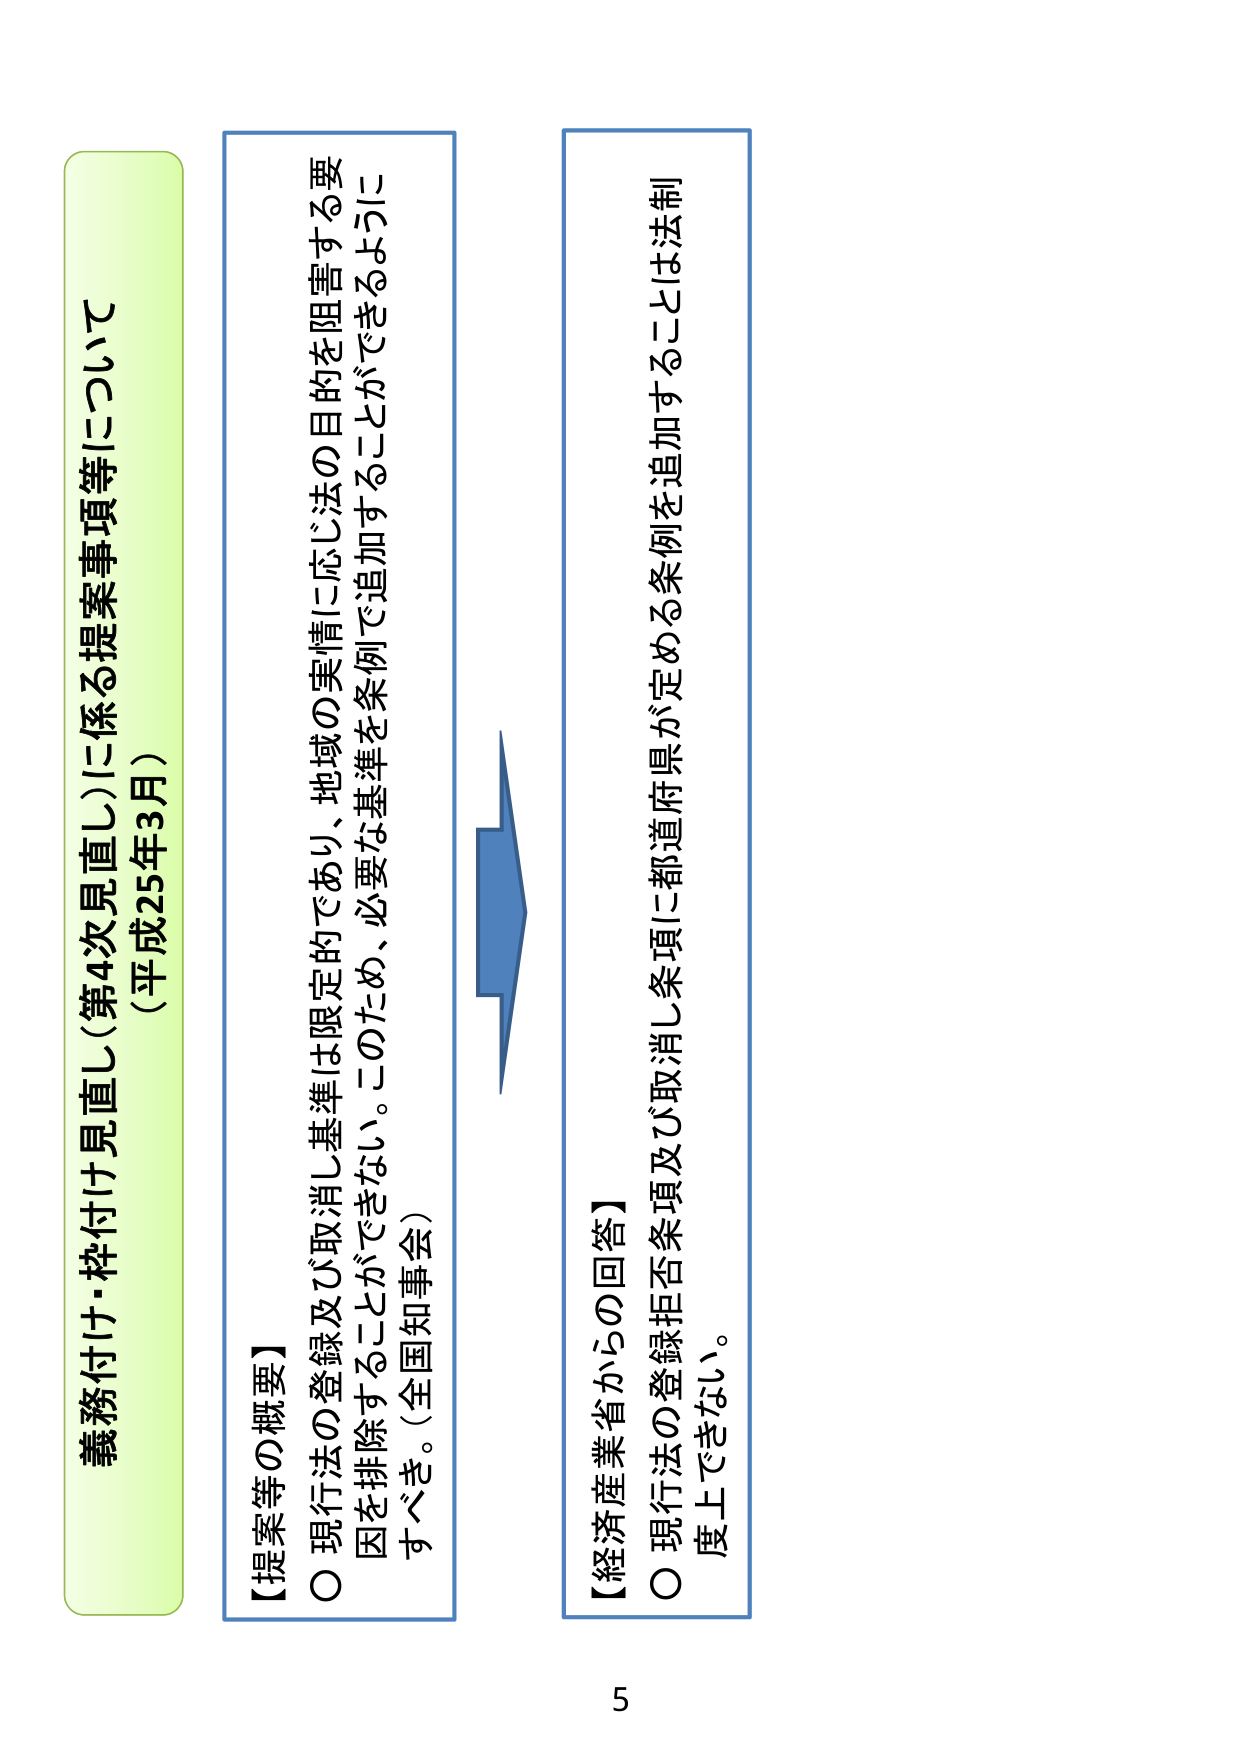
義務付け・枠付け見直し（第4次見直し）に係る提案事項等について
（平成25年3月）

【提案等の概要】
〇 現行法の登録及び取消し基準は限定的であり、地域の実情に応じ法の目的を阻害する要因を排除することができない。このため、必要な基準を条例で追加することができるようにすべき。（全国知事会）

【経済産業省からの回答】
〇 現行法の登録拒否条項及び取消し条項に都道府県が定める条例を追加することは法制度上できない。

5